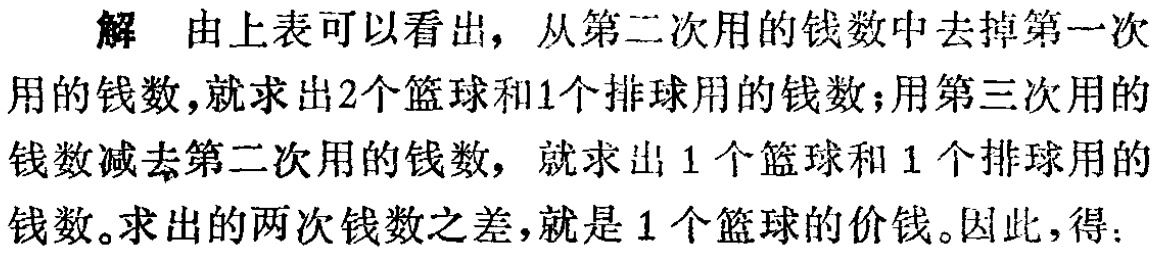
解 由上表可以看出，从第二次用的钱数中去掉第一次用的钱数,就求出2个篮球和1个排球用的钱数；用第三次用的钱数减去第二次用的钱数，就求出1个篮球和1个排球用的钱数。求出的两次钱数之差，就是1个篮球的价钱。因此，得：